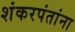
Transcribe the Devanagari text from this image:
शंकरपंतांना